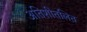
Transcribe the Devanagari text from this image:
अतिशीतलित